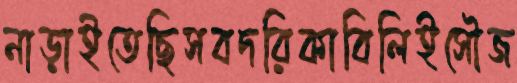
নাড়াইতেছিসবদরিকাবিলিইসৌজ